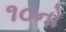
૧૦નો